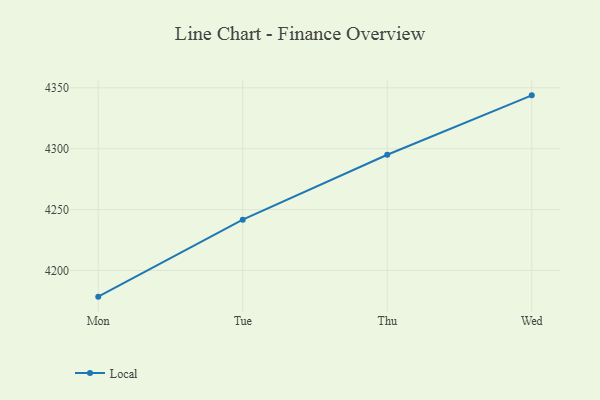
{"axis": {"x": "Day", "y": "LTV (USD)"}, "legend": ["Local"], "data": [{"x": "Mon", "y": 4178.5, "type": "Local"}, {"x": "Tue", "y": 4241.7, "type": "Local"}, {"x": "Thu", "y": 4295.0, "type": "Local"}, {"x": "Wed", "y": 4343.8, "type": "Local"}]}